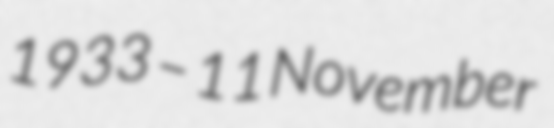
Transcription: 1933 – 11 November